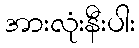
အားလုံးနီးပါး